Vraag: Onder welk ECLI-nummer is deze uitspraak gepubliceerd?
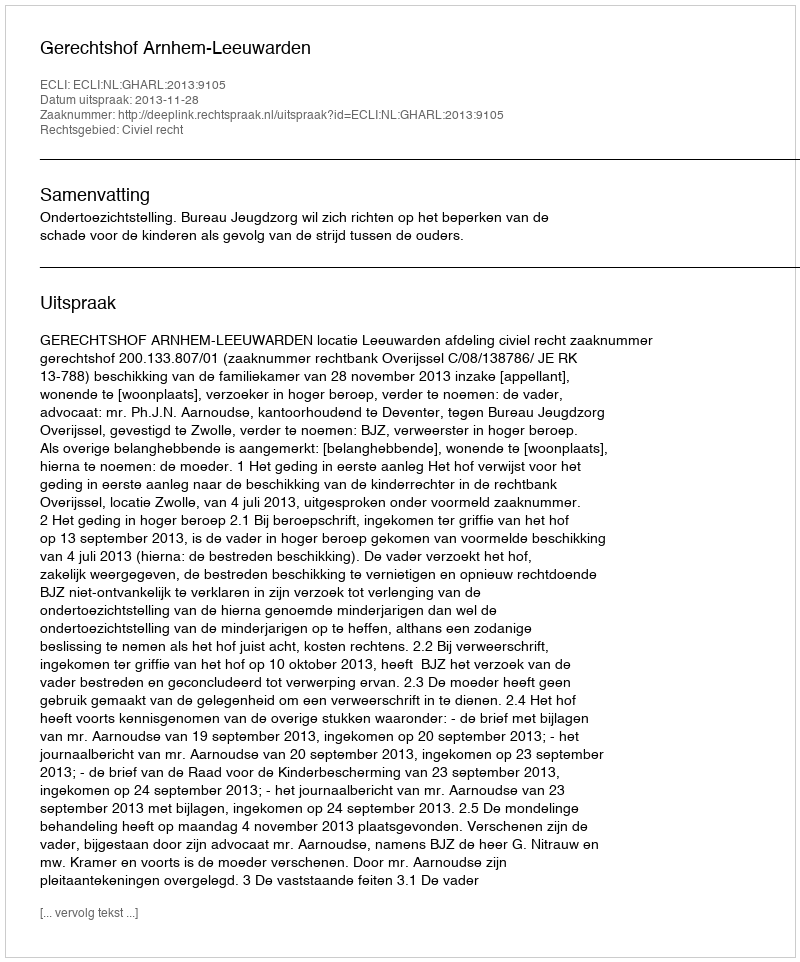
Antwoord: ECLI:NL:GHARL:2013:9105